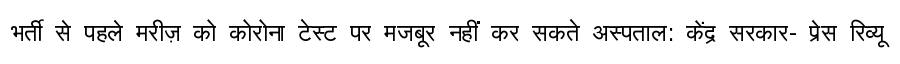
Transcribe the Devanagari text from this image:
भर्ती से पहले मरीज़ को कोरोना टेस्ट पर मजबूर नहीं कर सकते अस्पताल: केंद्र सरकार- प्रेस रिव्यू